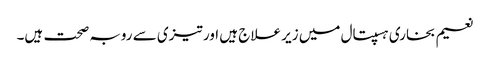
نعیم بخاری ہسپتال میں زیر علاج ہیں اور تیزی سے روبہ صحت ہیں۔